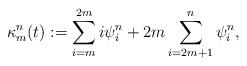
LaTeX: \begin{align*}\kappa^{n}_m(t) :=\sum_{i=m}^{2m} i\psi^{n}_i+2m\sum_{i=2m+1}^{n}\psi^{n}_i,\end{align*}